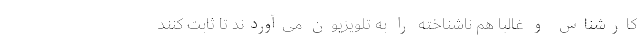
کارشناس و غالباً هم ناشناخته را به تلویزیون می‌آوردند تا ثابت کنند